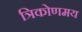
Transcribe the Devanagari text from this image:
त्रिकोणमय